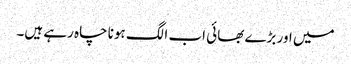
میں اور بڑے بھائی اب الگ ہونا چاہ رہے ہیں۔